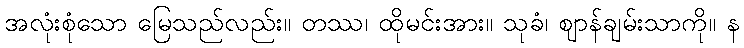
အလုံးစုံသော မြေသည်လည်း။ တဿ၊ ထိုမင်းအား။ သုခံ၊ ဈာန်ချမ်းသာကို။ န